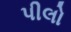
પીલો